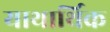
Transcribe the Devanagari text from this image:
याथार्थिक